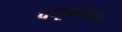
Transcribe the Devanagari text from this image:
क्यूमीयन